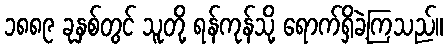
၁၈၈၉ ခုနှစ်တွင် သူတို့ ရန်ကုန်သို့ ရောက်ရှိခဲ့ကြသည်။